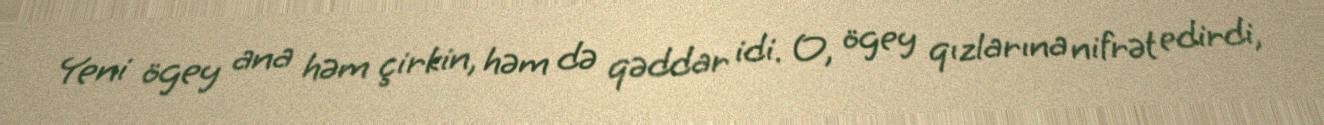
Yeni ögey ana həm çirkin, həm də qəddar idi. O, ögey qızlarına nifrət edirdi,